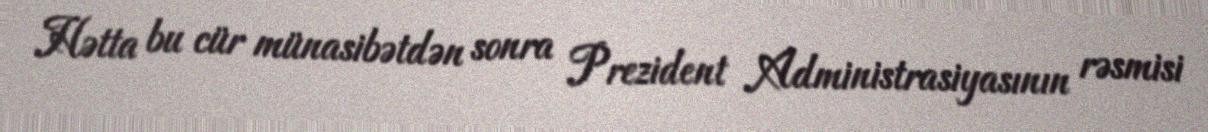
Hətta bu cür münasibətdən sonra Prezident Administrasiyasının rəsmisi